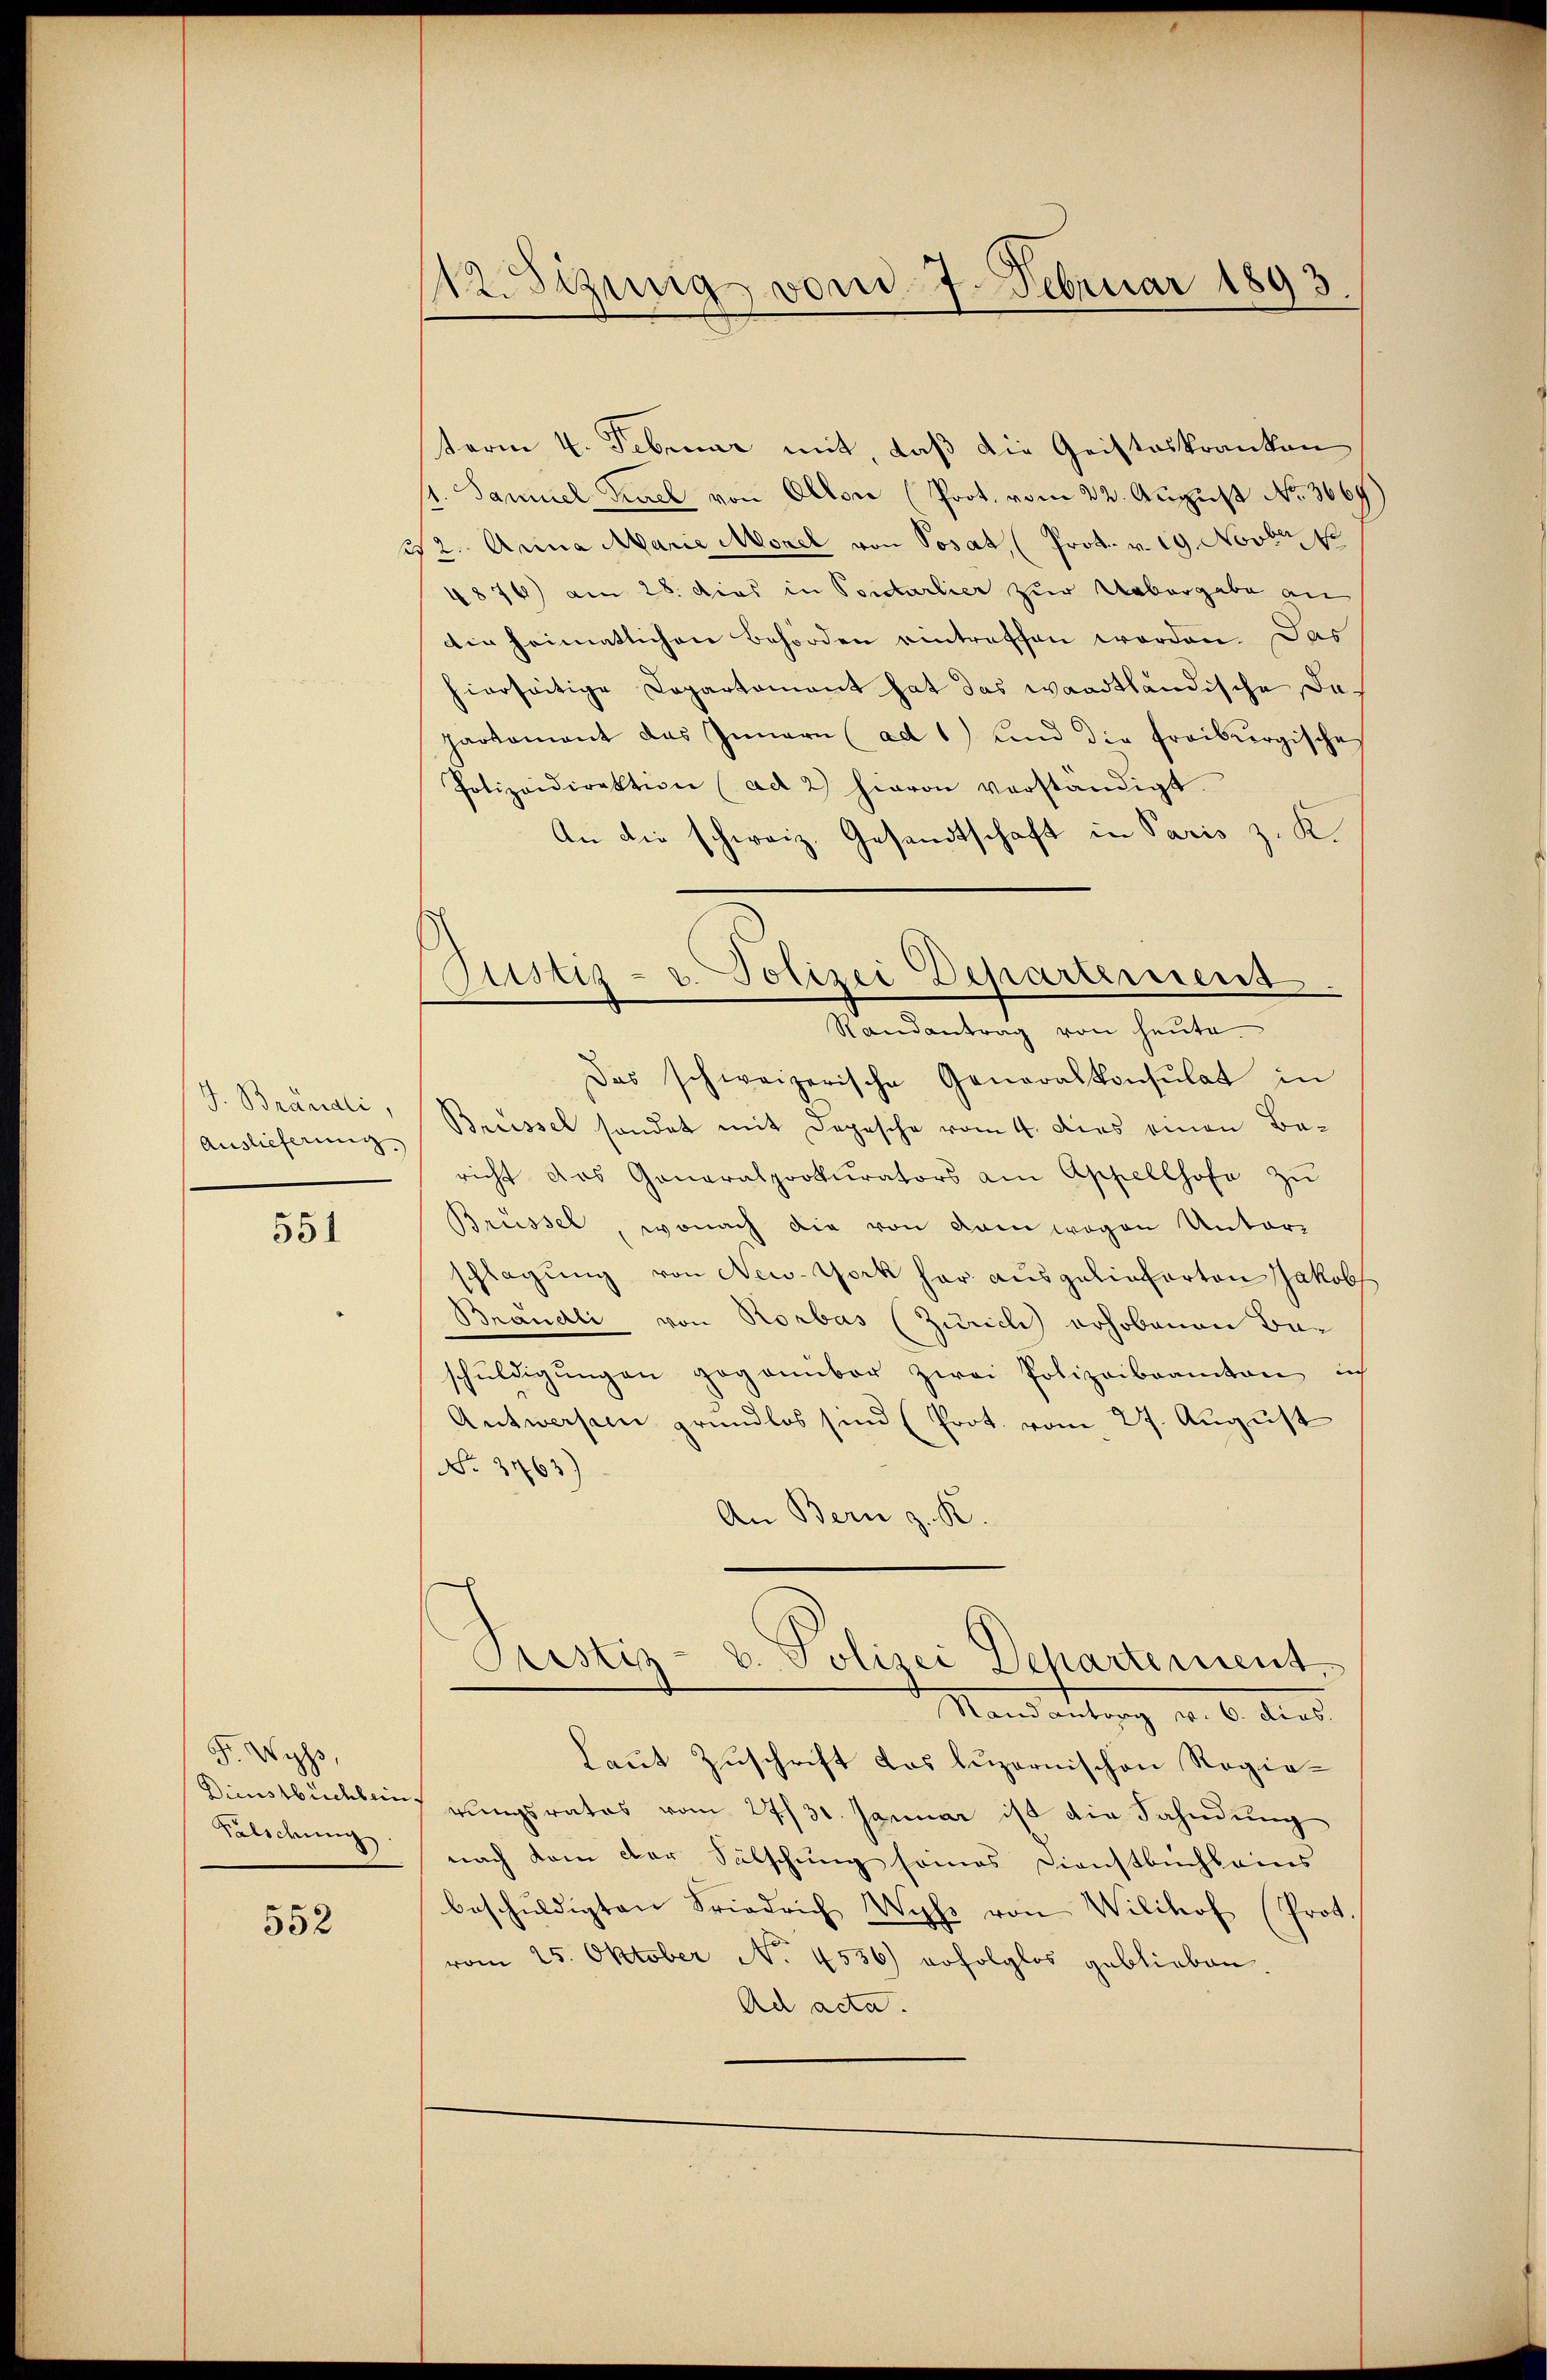
J. Brandli,
Auslieferung.

551

F. Wyss
Dienstbuchbein.
Falschung

552

112. Sizung vom 7. Februar 1893.

term 4. Februar mit, daß die Geisteskranken
4. Samuel Turel von Allen (Prot. vom 22. August No. 3669.
st. Anna Marie Morel von Posaz, (Prot. v. 19. Novbr. 18
4874) am 28. dies in Portarlier zur Uebergabe an
dir heimatlichen Behörden eintreffen worden. Das
hierseitige Capartement hat das waadtländische Dapartament das Innern (ad 1) und die freiburgische
Polizeidirektion (ad 2) hievon verständigt.
An die schweiz. Gesandtschaft in Paris z. K.
Randantrag von heute.
Das schweizerische Generalkonsulat in
Breissel sondet mit Depesche vom 4. dies einen Bericht das Ganaralprokurators am Appellhofe zŭ
Brüssel, wonach die von dem wegen Unterschlagung von New-York her ausgelieferten Jakob
Brandli von Rorbas (Zürich erhobenen Baschŭldigŭngen gegenüber zwei Polizeibeamten ich
Antworfen grundlos sind (Prot. vom 27. August
No. 3763)
An Bern z. K
Justiz- u. Polizei Departement.
Randantrag v. 6. dies
Laut Zuschrift das luzernischen Regierungsrates vom 27./31. Januar ist die Fahndung
nach kam der Sälschung seines Dienstbuchleins
beschŭldigten Friedrich Wyl von Wilihof (Prot.
vom 25. Oktober No. 4536) erfolglos geblieben.
Ad acta.

Justiz- u. Polizei Departement.